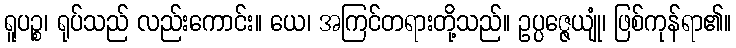
ရူပဉ္စ၊ ရုပ်သည် လည်းကောင်း။ ယေ၊ အကြင်တရားတို့သည်။ ဥပ္ပဇ္ဇေယျုံ၊ ဖြစ်ကုန်ရာ၏။